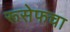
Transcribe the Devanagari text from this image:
रूसेफचा